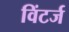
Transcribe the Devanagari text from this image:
विंटर्ज